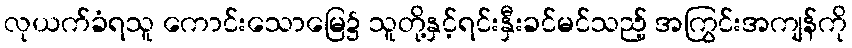
လုယက်ခံရသူ ကောင်းသောမြေ၌ သူတို့နှင့်ရင်းနှီးခင်မင်သည့် အကြွင်းအကျန်ကို